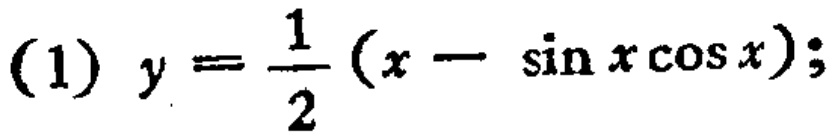
\(y = \frac{1}{2}(x - \sin x\cos x);\)